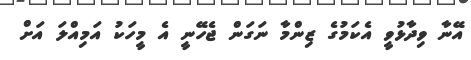
އޭނާ ވިދާޅުވީ އެކަމުގެ ޒިންމާ ނަގަން ޖެހޭނީ އެ މީހަކު އަމިއްލަ އަށް